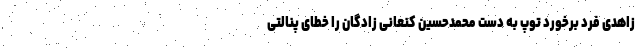
زاهدی فرد برخورد توپ به دست محمدحسین کنعانی زادگان را خطای پنالتی